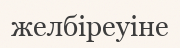
желбіреуіне